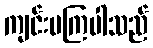
ကျင်းပကြပါသည်